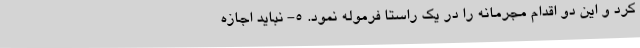
کرد و این دو اقدام مجرمانه را در یک راستا فرموله نمود. ۵- نباید اجازه